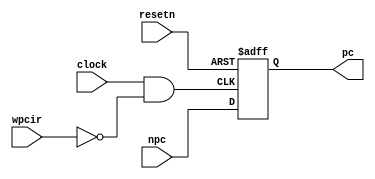
module pipepc(npc,wpcir,clock,resetn,pc);
	input [31:0] npc;
	input wpcir,clock,resetn;
	output [31:0] pc;
	reg [31:0] pc;
	
	wire mid_clock;
	assign mid_clock = clock & (~wpcir);
	
	always @ (negedge resetn or posedge mid_clock)
	begin
			if(resetn==0) begin
				pc <= -4;
			end else begin
				pc <= npc;
			end
	end
endmodule


module dff32 (d,clk,clrn,q);
   input  [31:0] d;
   input         clk,clrn;
   output [31:0] q;
   reg [31:0]    q;
   always @ (negedge clrn or posedge clk)
      if (clrn == 0) begin

          // q <=0;
          q <= -4;
      end else begin
          q <= d;
      end
endmodule